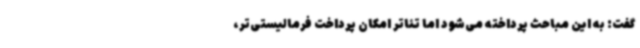
گفت: به این مباحث پرداخته می‌شود اما تئاتر امکان پرداخت فرمالیستی‌تر،